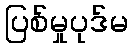
ပြစ်မှုပုဒ်မ